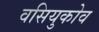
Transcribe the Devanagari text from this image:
वसियुकोव